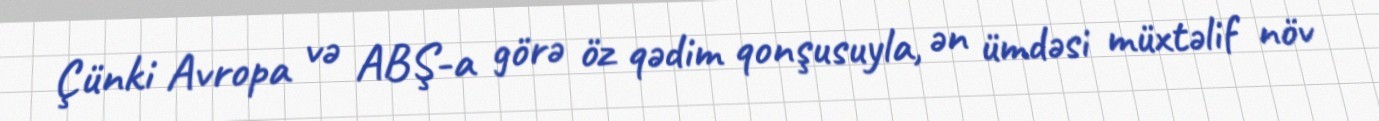
Çünki Avropa və ABŞ-a görə öz qədim qonşusuyla, ən ümdəsi müxtəlif növ